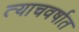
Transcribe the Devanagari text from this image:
त्याचवर्षात